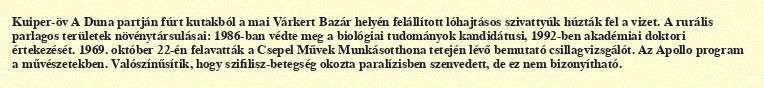
Kuiper-öv A Duna partján fúrt kutakból a mai Várkert Bazár helyén felállított lóhajtásos szivattyúk húzták fel a vizet. A rurális parlagos területek növénytársulásai: 1986-ban védte meg a biológiai tudományok kandidátusi, 1992-ben akadémiai doktori értekezését. 1969. október 22-én felavatták a Csepel Művek Munkásotthona tetején lévő bemutató csillagvizsgálót. Az Apollo program a művészetekben. Valószínűsítik, hogy szifilisz-betegség okozta paralízisben szenvedett, de ez nem bizonyítható.